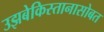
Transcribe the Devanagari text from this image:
उझबेकिस्तानासोबत